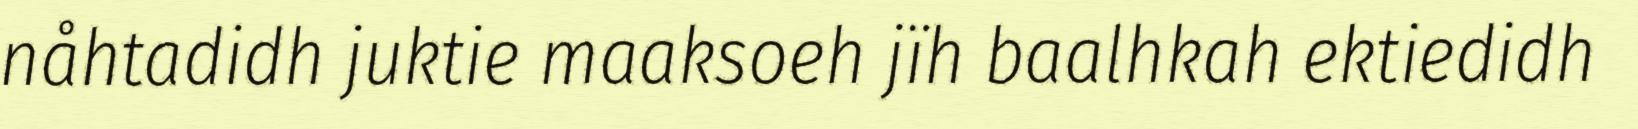
nåhtadidh juktie maaksoeh jïh baalhkah ektiedidh